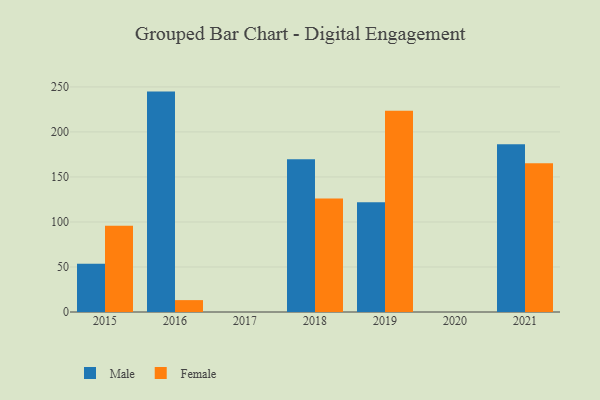
{"axis": {"x": "Year", "y": "Population (Million)"}, "legend": ["Female", "Male"], "data": [{"x": "2016", "y": 244.8, "type": "Male"}, {"x": "2016", "y": 13.2, "type": "Female"}, {"x": "2019", "y": 122.0, "type": "Male"}, {"x": "2019", "y": 223.4, "type": "Female"}, {"x": "2018", "y": 169.7, "type": "Male"}, {"x": "2018", "y": 126.0, "type": "Female"}, {"x": "2021", "y": 186.4, "type": "Male"}, {"x": "2021", "y": 165.3, "type": "Female"}, {"x": "2015", "y": 53.7, "type": "Male"}, {"x": "2015", "y": 95.7, "type": "Female"}]}